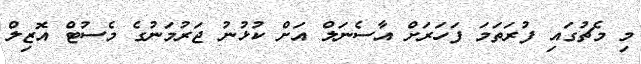
މި މެޗުގައި ފުރަތަމަ ފަހަރަށް އާސެނަލް އަށް ކުޅުނު ޖަރުމަނުގެ މެސުޓް އޮޒިލް